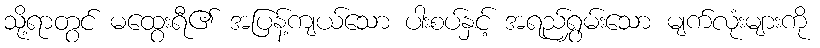
သို့ရာတွင် မထွေးရီ၏ အပြန့်ကျယ်သော ပါးစပ်နှင့် အရည်ရွှမ်းသော မျက်လုံးများကို